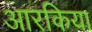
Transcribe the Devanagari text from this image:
आरकिया